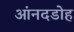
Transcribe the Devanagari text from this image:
आंनदडोह